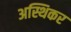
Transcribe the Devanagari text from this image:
अस्थिकर